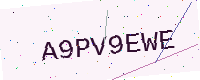
Text: A9PV9EWE